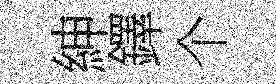
紳鐸个